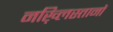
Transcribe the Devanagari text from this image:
नख़्लिस्तानों